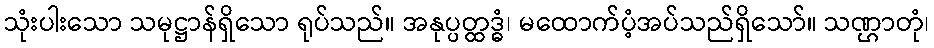
သုံးပါးသော သမုဋ္ဌာန်ရှိသော ရုပ်သည်။ အနုပ္ပတ္ထဒ္ဓံ၊ မထောက်ပံ့အပ်သည်ရှိသော်။ သဏ္ဌာတုံ၊